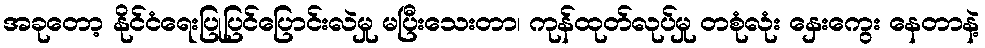
အခုတော့ နိုင်ငံရေးပြုပြင်ပြောင်းလဲမှု မပြီးသေးတာ၊ ကုန်ထုတ်လုပ်မှု တစုံလုံး နှေးကွေး နေတာနဲ့